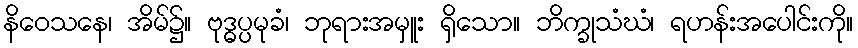
နိဝေသနေ၊ အိမ်၌။ ဗုဒ္ဓပ္ပမုခံ၊ ဘုရားအမှူး ရှိသော။ ဘိက္ခုသံဃံ၊ ရဟန်းအပေါင်းကို။